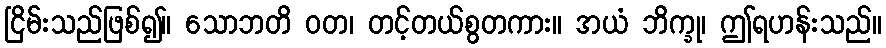
ငြိမ်းသည်ဖြစ်၍။ သောဘတိ ဝတ၊ တင့်တယ်စွတကား။ အယံ ဘိက္ခု၊ ဤရဟန်းသည်။